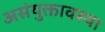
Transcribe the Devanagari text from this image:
असंयुक्तावस्था